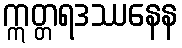
ဣတ္တရဒဿနေန